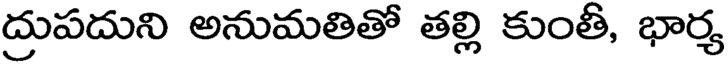
ద్రుపదుని అనుమతితో తల్లి కుంతీ, భార్య